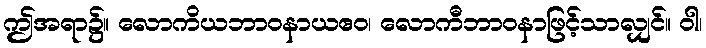
ဤအရာ၌။ လောကိယဘာဝနာယဧဝ၊ လောကီဘာဝနာဖြင့်သာလျှင်။ ဝါ၊